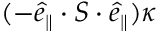
( - \boldsymbol { \hat { e } } _ { \parallel } \cdot \boldsymbol { S } \cdot \boldsymbol { \hat { e } } _ { \parallel } ) \kappa